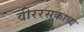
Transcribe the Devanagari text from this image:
वीररसकाव्य